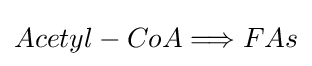
Acetyl-CoA\Longrightarrow FAs